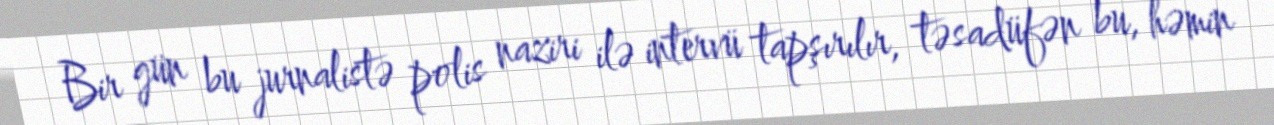
Bir gün bu jurnalistə polis naziri ilə intervü tapşırılır, təsadüfən bu, həmin